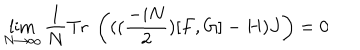
\lim _ { N \rightarrow \infty } \frac { 1 } { N } \mathrm { T r } \; \left( ( ( \frac { - i N } { 2 } ) [ F , G ] - H ) J \right) = 0